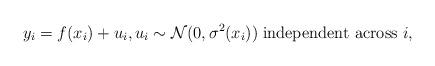
LaTeX: \begin{align*} y_i=f(x_i)+u_{i}, u_{i}\sim \mathcal{N}(0,\sigma^2(x_i))\;\text{independent across $i$,}\end{align*}